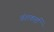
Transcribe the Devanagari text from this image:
वंशकर्ता